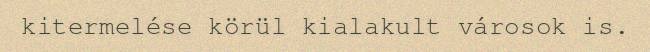
kitermelése körül kialakult városok is.